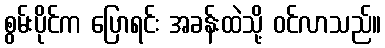
စွမ်းပိုင်က ပြောရင်း အခန်းထဲသို့ ဝင်လာသည်။